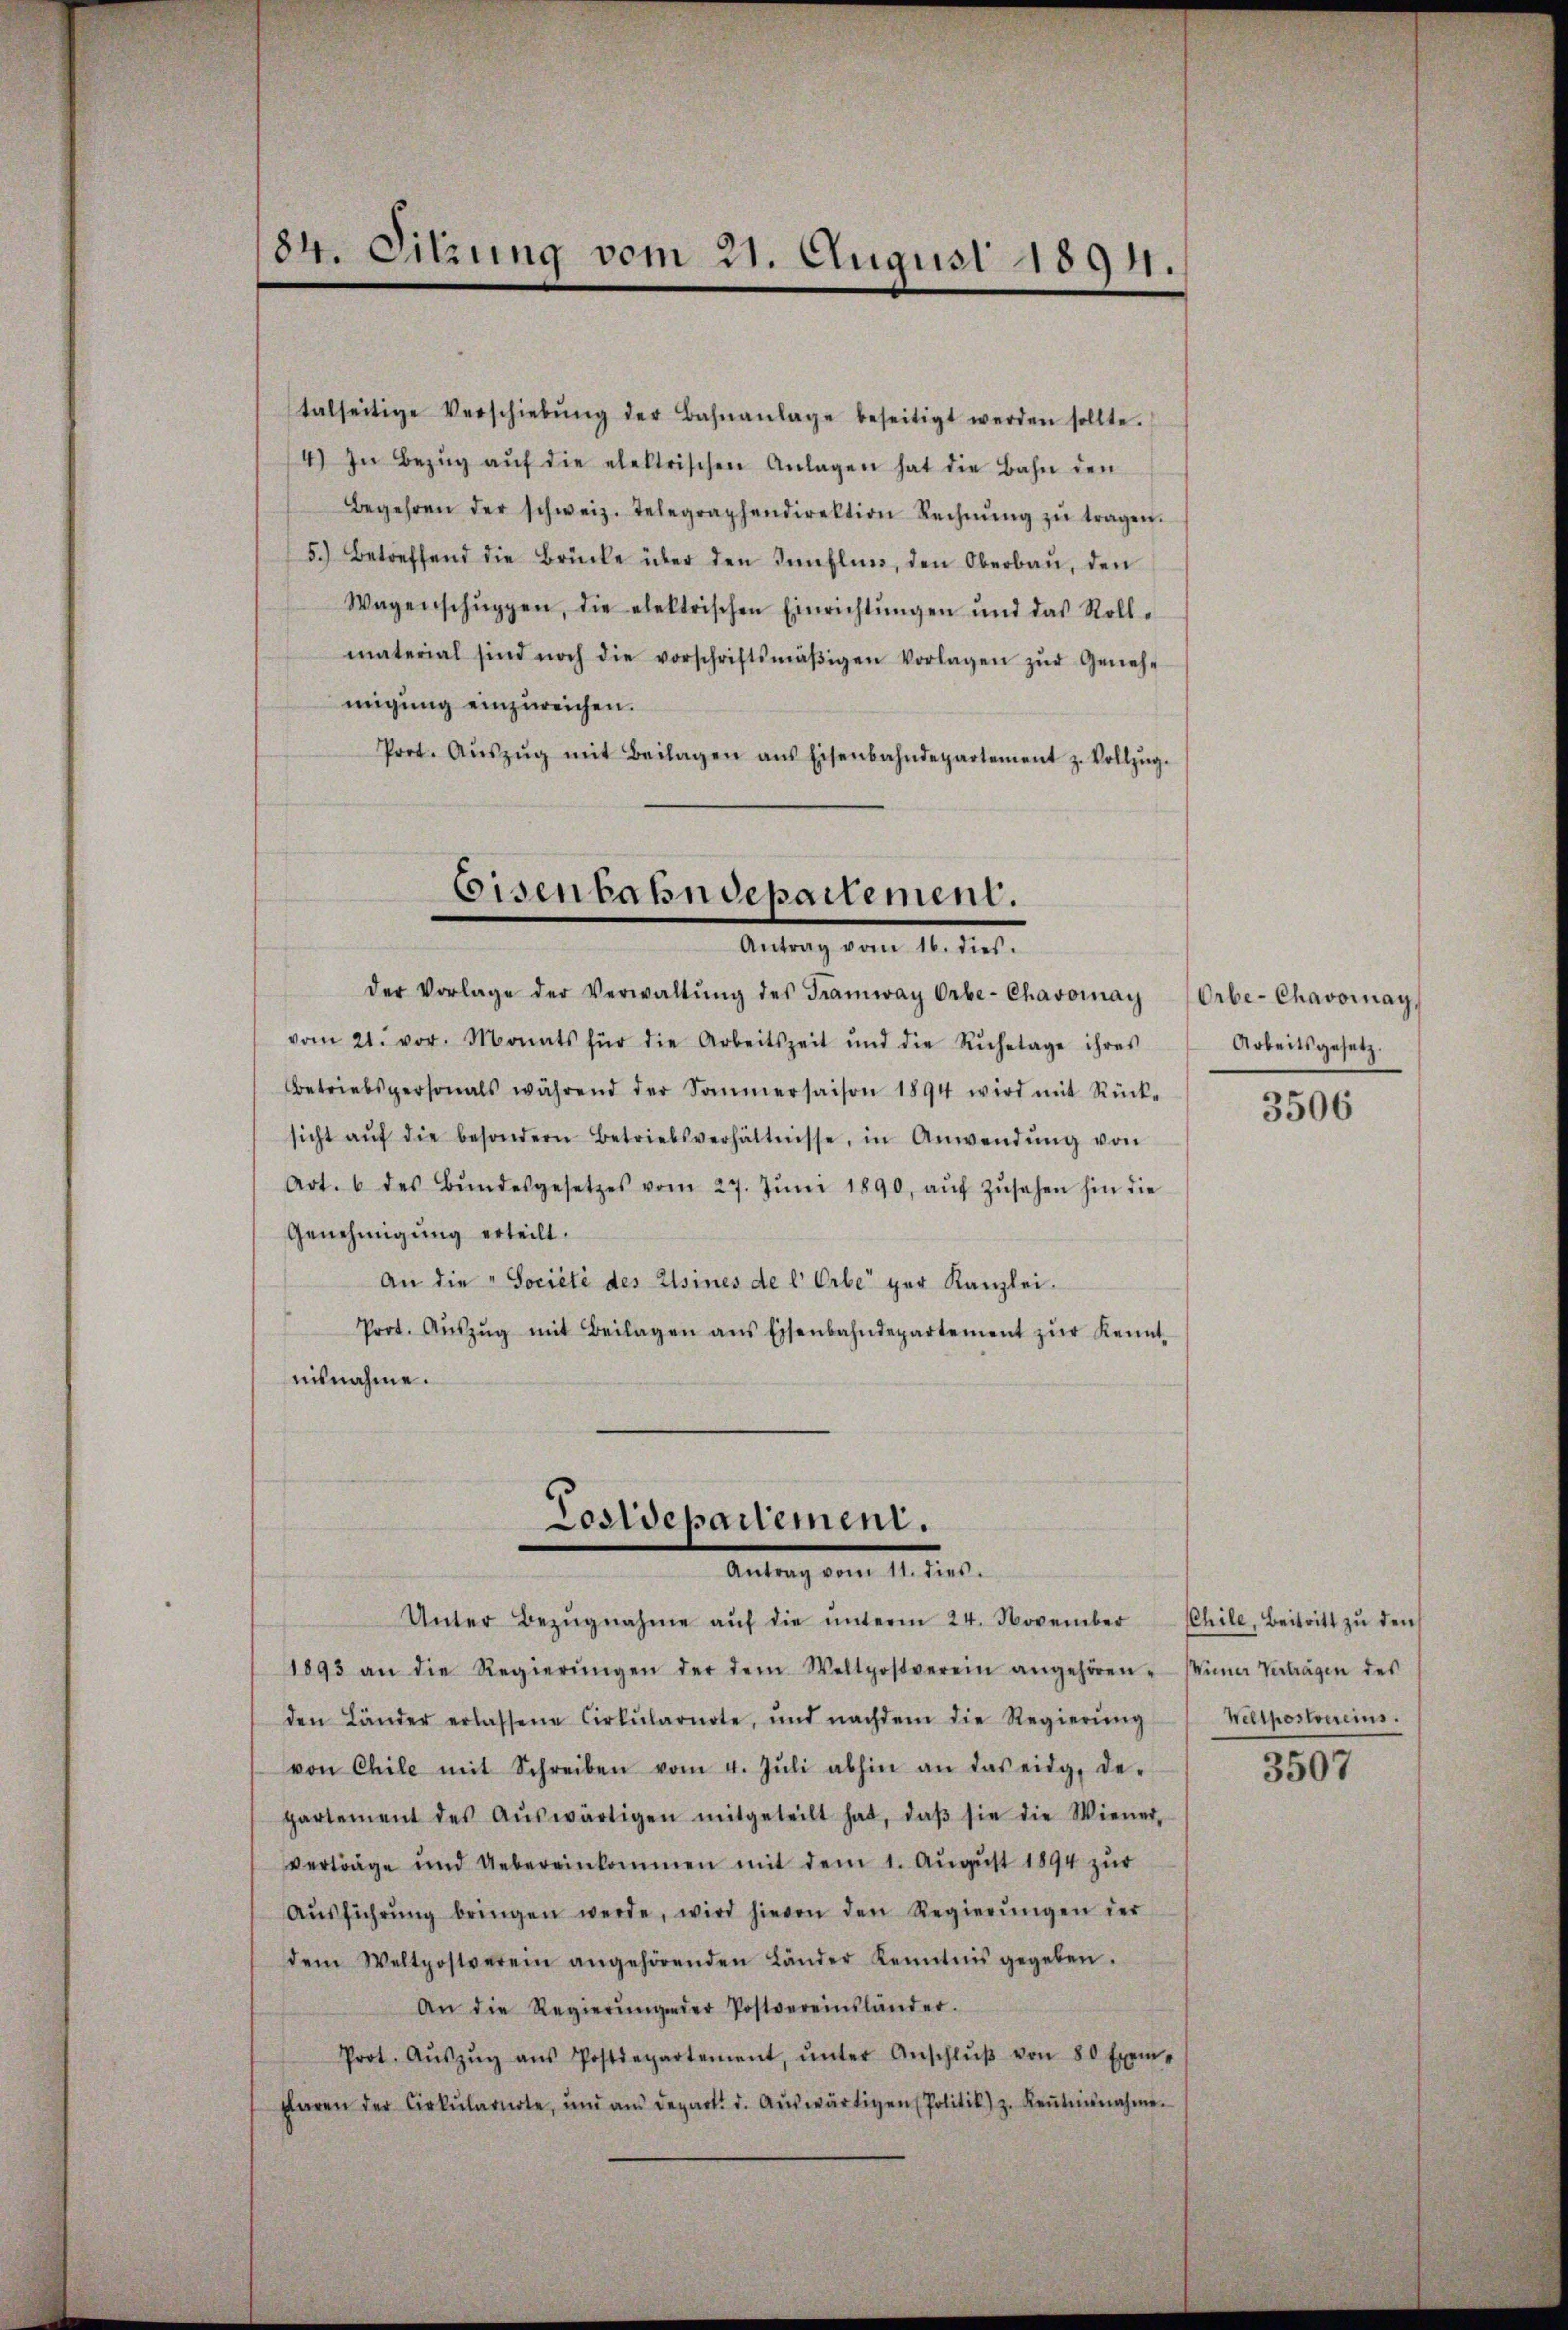
84. Sitzung vom 21. August 1894.

talseitige Verschiebŭng der Bahnanlage beseitigt werden sollte.
4.) In Bezŭg aŭf die elektrischen Anlagen hat die Bahn den
Begehren der schweiz. Telegraphendirektion Rechnŭng zŭ tragen.
5.) Betreffend die Brücke über den Innfluss, den Oberbau, den
Wagenschŭppen, die elektrischen Einrichtŭngen und das Roll-
material sind noch die vorschriftsmäβigen Vorlagen zŭr Geneh-
migung einzureichen.
Prot. Aŭszŭg mit Beilagen ans Eisenbahndepartement z. Vollzŭg.

sicht aŭf die besondern Betriebsverhältnisse, in Anwendŭng von
Art. 6 des Bŭndesgesetzes vom 27. Jŭni 1890, aŭf Zŭsehen hin die
Genehmigung erteilt.
An die Société des Elsines de l. Erbe per Kanzlei.
Prot. Aŭszŭg mit Beilagen ans Eisenbahndepartement zŭr Kennt
nisnahme.
Postdepartement.
Antrag vom 14. d. d.
Unter Bezŭgnahme auf die unterm 24. November
1893 an die Regierŭngen der dem Weltpostverein angehören. Miner Vertragen des
den Länder erlassene Cirkŭlarnote, und nachdem die Regierŭng
von Chile mit Schreiben vom 4. Jŭli abhin an das eidg. de-
partement des Aŭswärtigen mitgeteilt hat, daβ sie die Wiener-
verträge und Uebereinkommen mit dem 1. August 1894 zur
Aŭsführŭng bringen werde, wird hievon den Regierŭngen der
dem Weltpostverein angehörenden Länder Kenntnis gegeben.
An die Regierŭngen der Postvereinsländer.
Prot. Aŭszŭg aŭs Postdepartement, ŭnter Anschlŭβ von 80 Exem-
faren der Cirkŭlarirte, und am Depart. d. Aŭswärtigen (Politik) z. Keṅtnisnahme.

Eisenbahndepartement.
Antrag vom 16. dies.

der Vorlage der Verwaltŭng des Tramway Orbe-Chavomay
vom 21. vor. Monats für die Arbeitszeit und die Ruhetage ihres
Betriebspersonals während der Sommersaison 1894 wird mit Rück-

Orbe-Chavomay,
Arbeitsgesetz.

3506

CChile, Beitritt zu den
Nellpostvereins.
3507